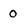
Character: 0